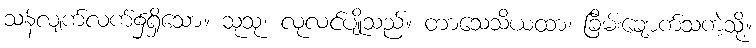
သန်လျက်လက်၌ရှိသော။ သုသု၊ လုလင်ပျိုသည်။ တာသေသိယထာ၊ ခြိမ်းချောက်သကဲ့သို့။